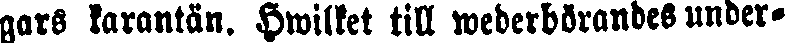
gars karantän. Hwilket till wederbörandes under-